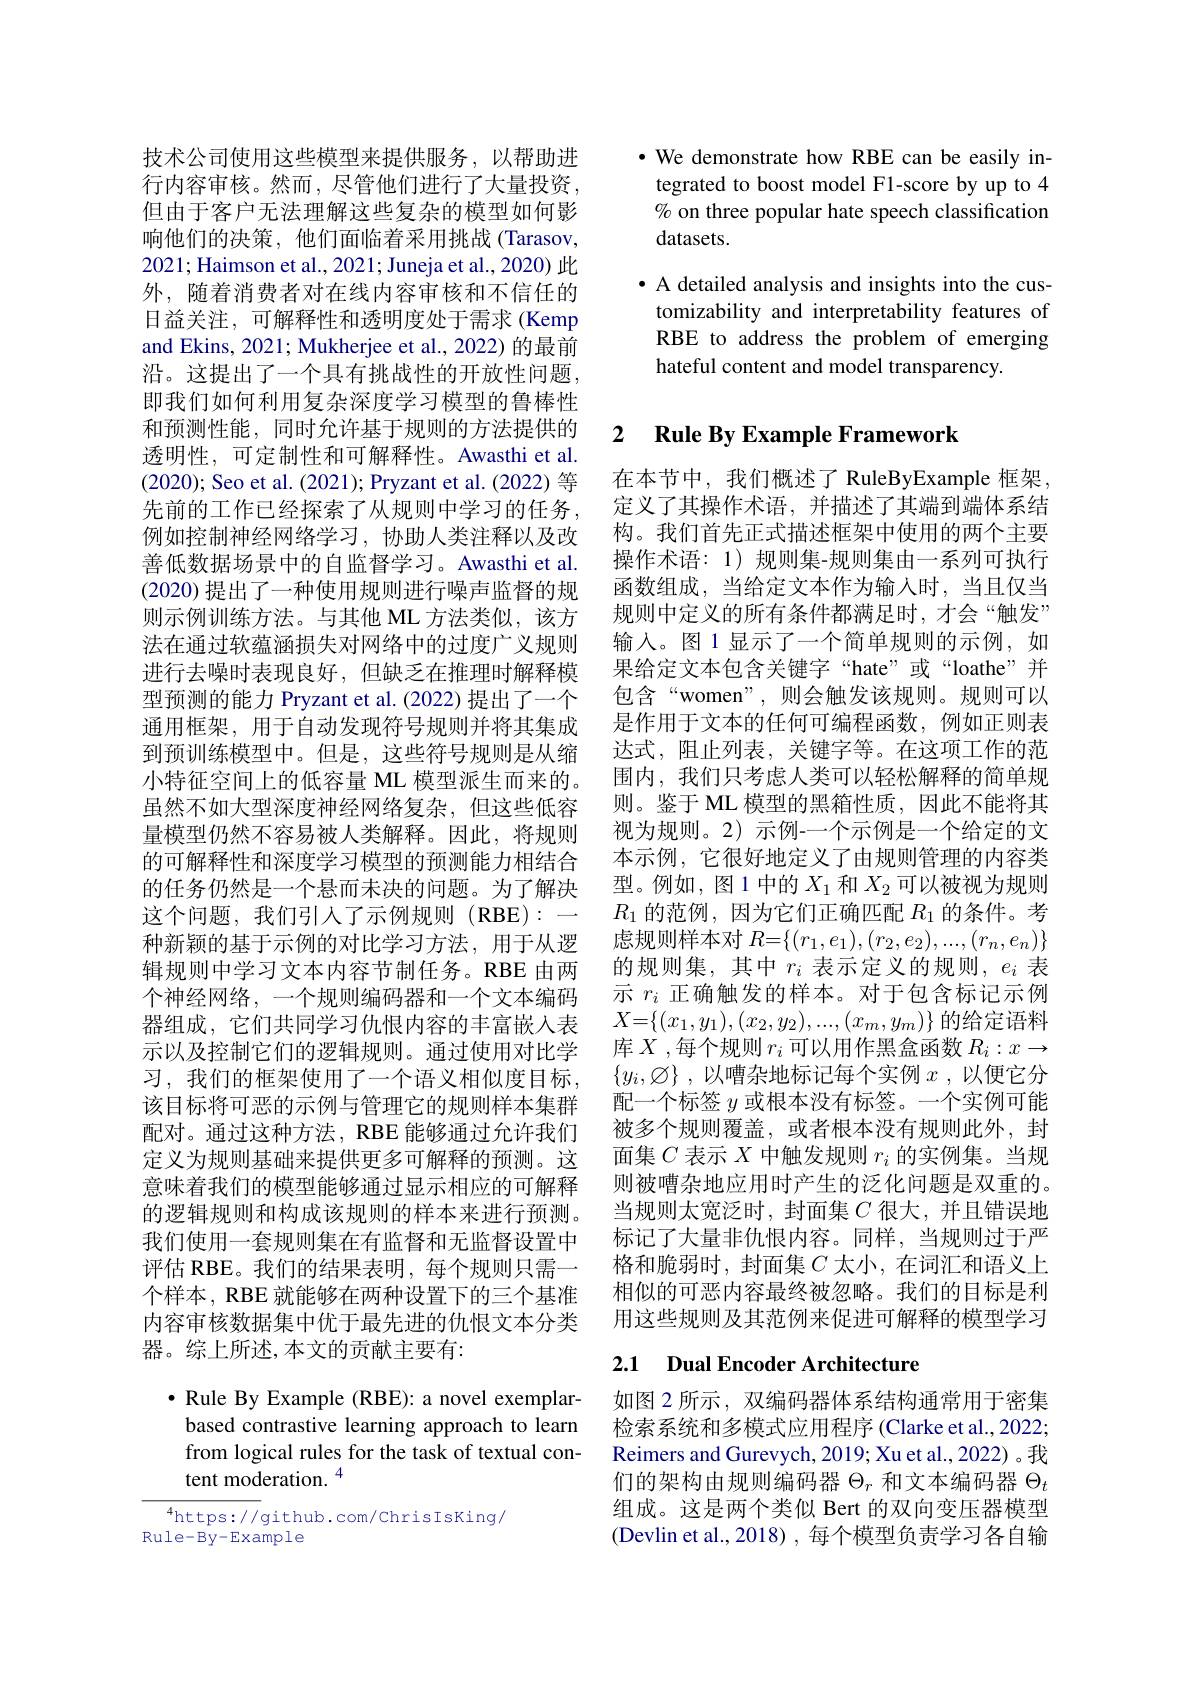
技术公司使用这些模型来提供服务，以帮助进行内容审核。然而，尽管他们进行了大量投资， 但由于客户无法理解这些复杂的模型如何影响他们的决策，他们面临着采用挑战(Tarasov, 2021; Haimson et al., 2021; Juneja et al., 2020) 此外，随着消费者对在线内容审核和不信任的日益关注，可解释性和透明度处于需求(Kemp and Ekins, 2021; Mukherjee et al., 2022) 的最前沿。这提出了一个具有挑战性的开放性问题， 即我们如何利用复杂深度学习模型的鲁棒性和预测性能，同时允许基于规则的方法提供的透明性，可定制性和可解释性。Awasthi et al. (2020); Seo et al. (2021); Pryzant et al. (2022) 等先前的工作已经探索了从规则中学习的任务， 例如控制神经网络学习，协助人类注释以及改善低数据场景中的自监督学习。Awasthi et al. (2020)提出了一种使用规则进行噪声监督的规则示例训练方法。与其他 ML 方法类似，该方法在通过软蕴涵损失对网络中的过度广义规则进行去噪时表现良好，但缺乏在推理时解释模型预测的能力 Pryzant et al. (2022) 提出了一个通用框架，用于自动发现符号规则并将其集成到预训练模型中。但是，这些符号规则是从缩小特征空间上的低容量 ML 模型派生而来的。虽然不如大型深度神经网络复杂，但这些低容量模型仍然不容易被人类解释。因此，将规则的可解释性和深度学习模型的预测能力相结合的任务仍然是一个悬而未决的问题。为了解决这个问题，我们引入了示例规则(RBE):一种新颖的基于示例的对比学习方法，用于从逻辑规则中学习文本内容节制任务。RBE 由两个神经网络，一个规则编码器和一个文本编码器组成，它们共同学习仇恨内容的丰富嵌入表示以及控制它们的逻辑规则。通过使用对比学习，我们的框架使用了一个语义相似度目标， 该目标将可恶的示例与管理它的规则样本集群配对。通过这种方法，RBE 能够通过允许我们定义为规则基础来提供更多可解释的预测。这意味着我们的模型能够通过显示相应的可解释的逻辑规则和构成该规则的样本来进行预测。我们使用一套规则集在有监督和无监督设置中评估 RBE。我们的结果表明，每个规则只需一个样本，RBE 就能够在两种设置下的三个基准内容审核数据集中优于最先进的仇恨文本分类器。综上所述，本文的贡献主要有：

$\bullet$ Rule By Example (RBE): a novel exemplarbased contrastive learning approach to learn from logical rules for the task of textual content moderation. $^{4}$

$^{4}$https://github.com/ChrisIsKing/
Rule-By-Example

$\bullet$ We demonstrate how RBE can be easily integrated to boost model F1-score by up to 4 % on three popular hate speech classification datasets.

· A detailed analysis and insights into the customizability and interpretability features of RBE to address the problem of emerging hateful content and model transparency.

# 2 $\textbf{Rule By Example Framework}$

在本节中，我们概述了 RuleByExample 框架， 定义了其操作术语，并描述了其端到端体系结构。我们首先正式描述框架中使用的两个主要操作术语：1)规则集-规则集由一系列可执行函数组成，当给定文本作为输入时，当且仅当规则中定义的所有条件都满足时，才会“触发” 输入。图1显示了一个简单规则的示例，如果给定文本包含关键字“hate”或“loathe”并包含““women”,则会触发该规则。规则可以是作用于文本的任何可编程函数，例如正则表达式，阻止列表，关键字等。在这项工作的范围内，我们只考虑人类可以轻松解释的简单规则。鉴于 ML 模型的黑箱性质，因此不能将其视为规则。2) 示例-一个示例是一个给定的文本示例，它很好地定义了由规则管理的内容类型。例如，图1中的$X_1$ 和$X_2$可以被视为规则$R_1$的范例，因为它们正确匹配$R_1$的条件。考虑规则样本对$R=\{(r_1,e_1),(r_2,e_2),...,(r_n,e_n)\}$ 的规则集，其中$r_i$表示定义的规则，$e_i$表示$r_i$正确触发的样本。对于包含标记示例$X{=}\{(x_1,y_1),(x_2,y_2),...,(x_m,y_m)\}$的给定语料库$X$ ,每个规则$r_i$可以用作黑盒函数$R_i:x\to$ $\{ y_i, \varnothing \}$ , 以 嘈 杂 地 标 记 每 个 实 例 $x$ , 以便它分配一个标签$y$或根本没有标签。一个实例可能被多个规则覆盖，或者根本没有规则此外，封面集$C$表示$X$中触发规则$r_i$的实例集。当规则被嘈杂地应用时产生的泛化问题是双重的。当规则太宽泛时，封面集$C$ 很大，并且错误地标记了大量非仇恨内容。同样，当规则过于严格和脆弱时，封面集$C$太小，在词汇和语义上相似的可恶内容最终被忽略。我们的目标是利用这些规则及其范例来促进可解释的模型学习2.1 Dual Encoder Architecture

如图 2 所示 , 双编码器体系结构通常用于密集检索系统和多模式应用程序 (Clarke et al., 2022; Reimers and Gurevych, 2019; Xu et al., 2022) 。我们的架构由规则编码器$\Theta_r$和文本编码器$\Theta_t$ 组成。这是两个类似 Bert 的双向变压器模型(Devlin et al., 2018) , 每个模型负责学习各自输